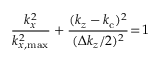
\frac { k _ { x } ^ { 2 } } { k _ { x , \mathrm { m a x } } ^ { 2 } } + \frac { ( k _ { z } - k _ { \mathrm { c } } ) ^ { 2 } } { ( \Delta k _ { z } / 2 ) ^ { 2 } } \! = \! 1